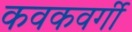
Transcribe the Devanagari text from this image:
कवकवर्गी